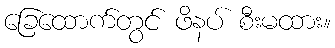
ခြေထောက်တွင် ဖိနပ် စီးမထား။